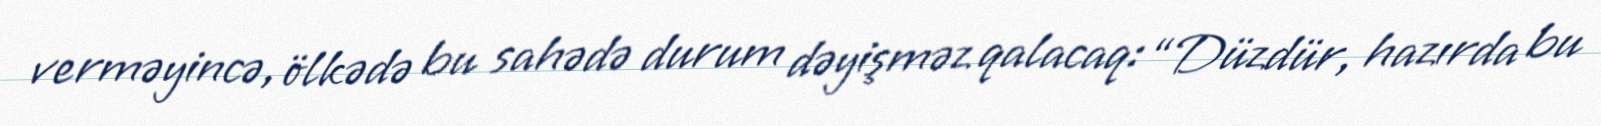
verməyincə, ölkədə bu sahədə durum dəyişməz qalacaq: “Düzdür, hazırda bu